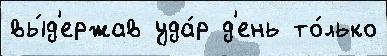
вы́д'ержав уда́р д'ень то́лько